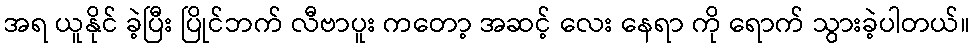
အရ ယူနိုင် ခဲ့ပြီး ပြိုင်ဘက် လီဗာပူး ကတော့ အဆင့် လေး နေရာ ကို ရောက် သွားခဲ့ပါတယ်။